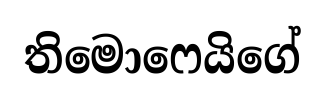
තිමොෆෙයිගේ